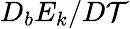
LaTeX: D_{b}E_{k}/D\mathcal{T}